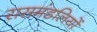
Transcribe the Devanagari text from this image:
रासमंडलियों